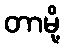
တာမို့